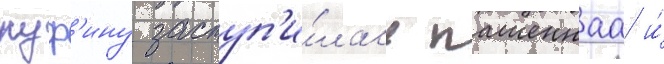
руф'ину заступ'и́лась пашеннаа и́